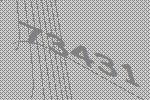
73431